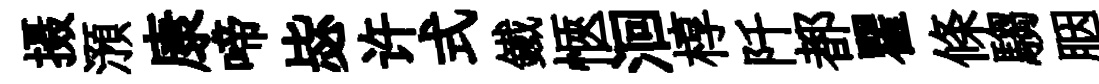
摄澦康啼毖许式鐵愜洄椁阡都瞿條騶胭